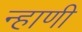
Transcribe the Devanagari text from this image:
न्हाणी